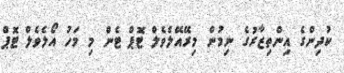
ކުދިންގެ އިންތިޒާރުގެ ނިމުން މިރޭއޭލެވެލް ޓޮޕް ޓެން މި މަހު އޯލެވެލް ޓޮޕް